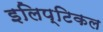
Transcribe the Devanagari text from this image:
इलिप्टिकल